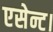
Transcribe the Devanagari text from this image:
एसेन्ट।